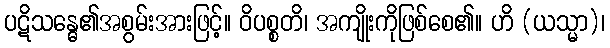
ပဋိသန္ဓေ၏အစွမ်းအားဖြင့်။ ဝိပစ္စတိ၊ အကျိုးကိုဖြစ်စေ၏။ ဟိ (ယသ္မာ)၊